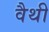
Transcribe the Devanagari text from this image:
वैथी